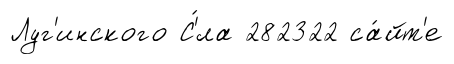
Луг'инского С'́ла 282322 са́йт'е